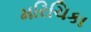
મરિચિકા